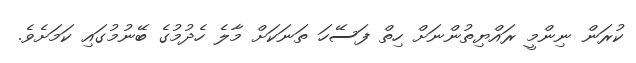
ކުރަން ނިންމީ ރައްޔިތުންނަށް ހިތް ފަސޭހަ ތަނަކަށް މާލެ ހެދުމުގެ ބޭނުމުގައި ކަމަށެވެ.